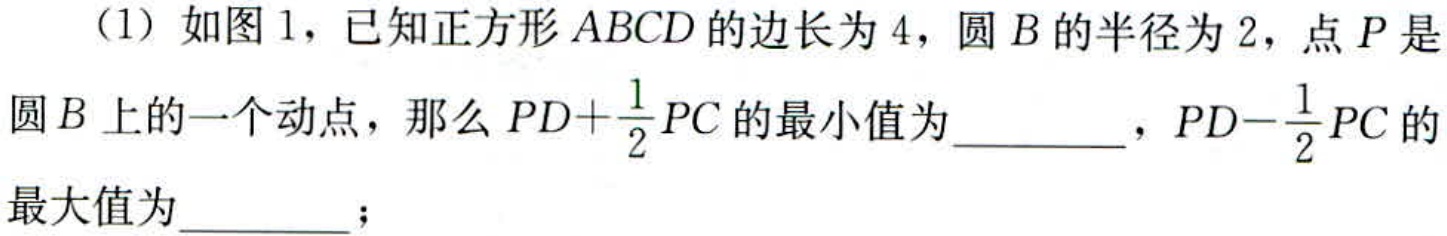
（1）如图1，已知正方形\(ABCD\)的边长为\(4\)，圆\(B\)的半径为\(2\)，点\(P\)是圆\(B\)上的一个动点，那么\(PD + \frac{1}{2}PC\)的最小值为  ，\(PD - \frac{1}{2}PC\)的最大值为  ；